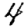
Digit: 4